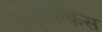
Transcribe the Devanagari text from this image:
बुलुटॉंग्किस